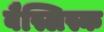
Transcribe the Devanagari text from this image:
बैस्लिस्क